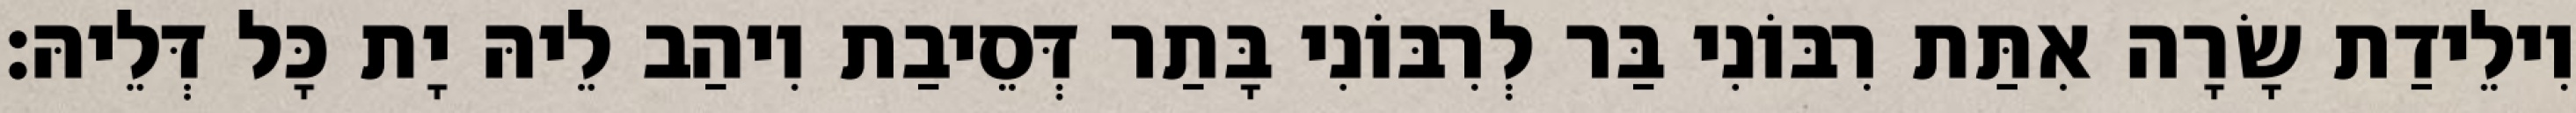
וִילֵידַת שָׂרָה אִתַּת רִבּוֹנִי בַּר לְרִבּוֹנִי בָּתַר דְּסֵיבַת וִיהַב לֵיהּ יָת כָּל דְּלֵיהּ׃